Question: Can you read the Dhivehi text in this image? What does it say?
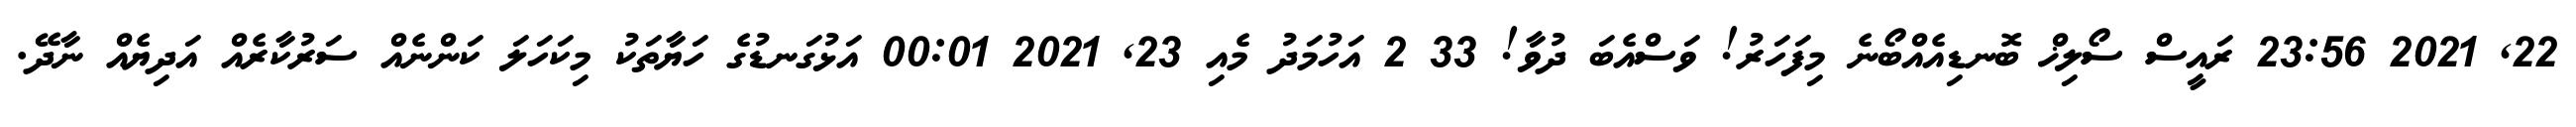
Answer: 22, 2021 23:56 ރައީސް ސޯލިޚް ބޮނޑިއެއްބޯނެ މިފަހަރު! ވަސްއެބަ ދުވާ! 33 2 އަހުމަދު މެއި 23, 2021 00:01 އަޅުގަނޑުގެ ހަޔާތަކު މިކަހަލަ ކަންނެއް ސަރުކާރެއް އަދިޔެއް ނާދޭ.